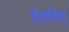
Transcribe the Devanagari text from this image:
देवजित्‌